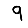
Digit: 9